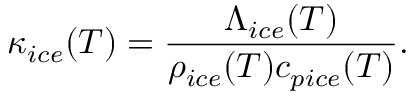
\kappa _ { i c e } ( T ) = \frac { \Lambda _ { i c e } ( T ) } { \rho _ { i c e } ( T ) c _ { p i c e } ( T ) } .